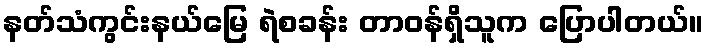
နတ်သံကွင်းနယ်မြေ ရဲစခန်း တာဝန်ရှိသူက ပြောပါတယ်။